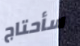
سأحتاج